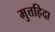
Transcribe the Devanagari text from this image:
मुत्तह़िदा